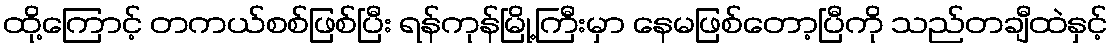
ထို့ကြောင့် တကယ်စစ်ဖြစ်ပြီး ရန်ကုန်မြို့ကြီးမှာ နေမဖြစ်တော့ပြီကို သည်တချီထဲနှင့်